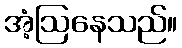
အံ့ဩနေသည်။